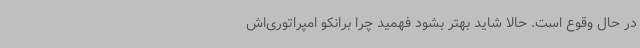
در حال وقوع است. حالا شاید بهتر بشود فهمید چرا برانکو امپراتوری‌اش